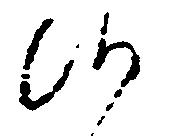
候